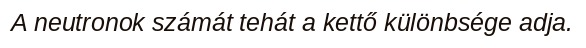
A neutronok számát tehát a kettő különbsége adja.